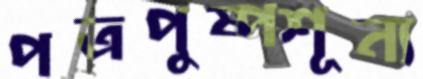
পত্রপুষ্পশূন্য